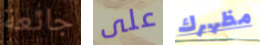
جائعة على مظهرك